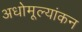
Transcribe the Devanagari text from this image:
अधोमूल्यांकन